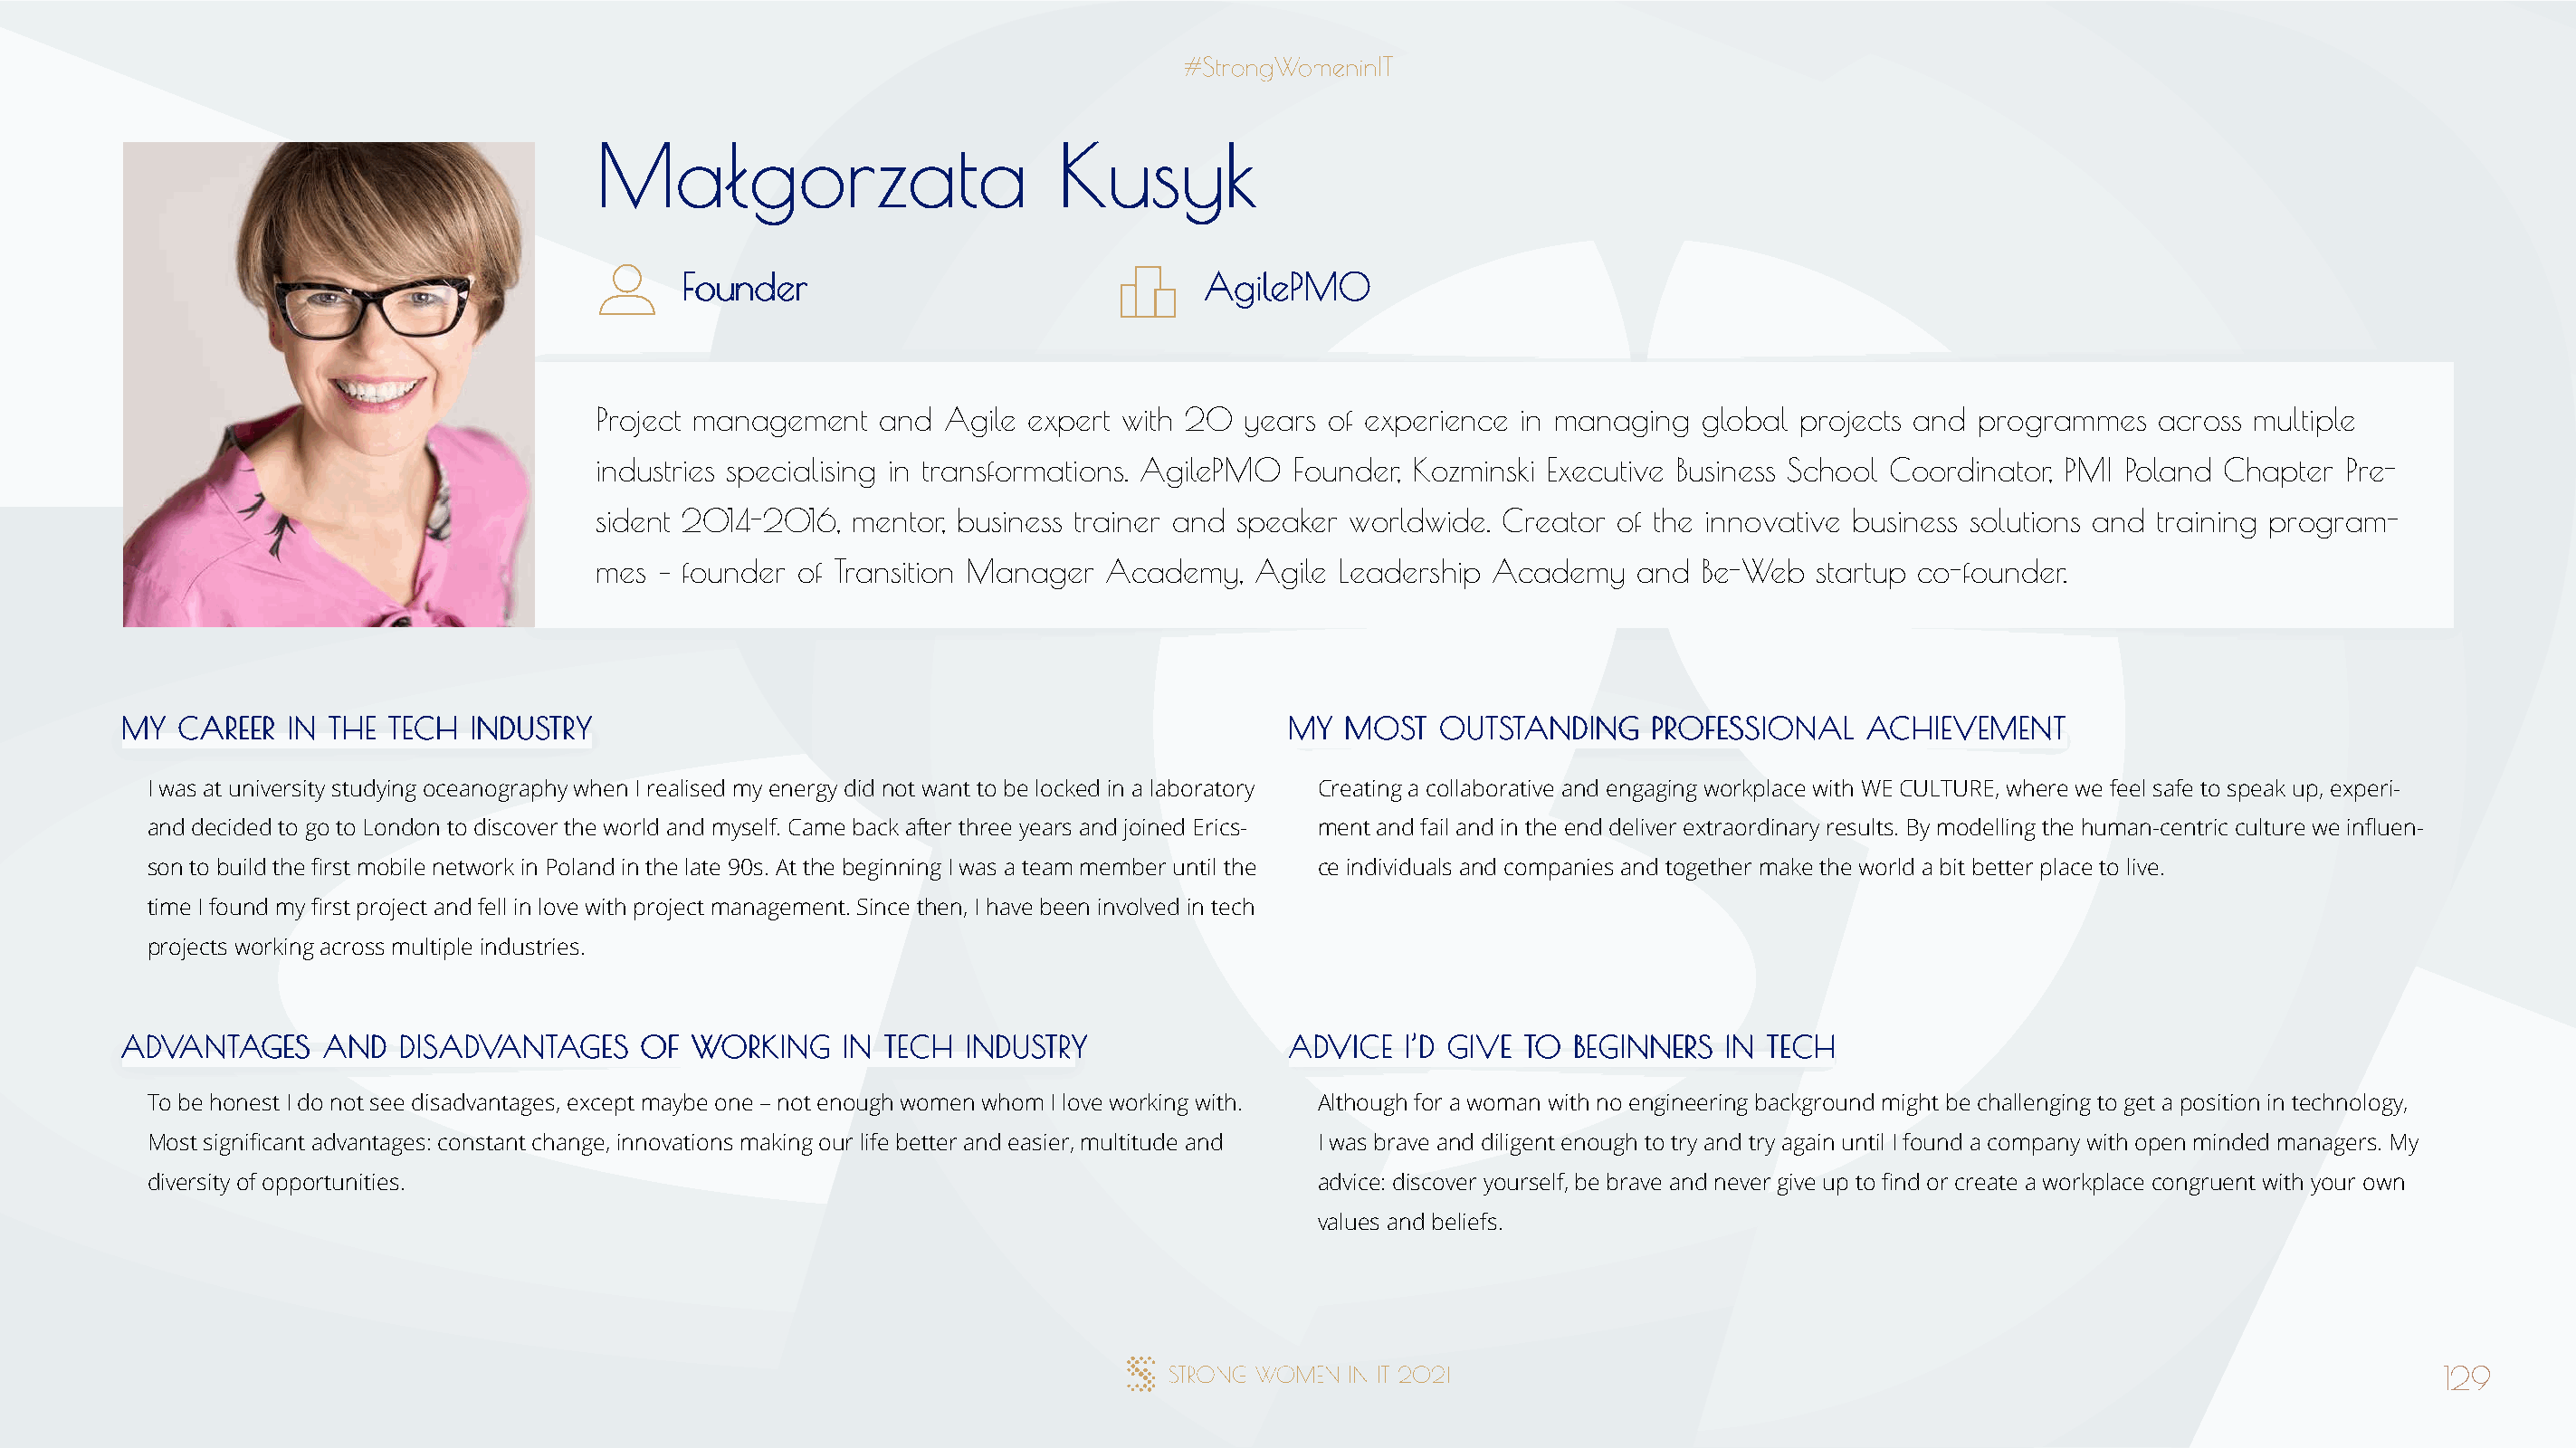
MMaałłggoorrzzaattaa             KKuussyykk
 FFoouunnddeerr                        AAggiilleePPMMOO
 Project management  and  Agile expert with 20  years of experience in managing  global  projects and programmes   across multiple
 industries specialising in transformations. AgilePMO Founder, Kozminski Executive Business School Coordinator, PMI Poland Chapter Pre-
 sident 2014-2016, mentor, business trainer and speaker worldwide. Creator of the innovative business solutions and training program-
 mes – founder of Transition Manager  Academy,   Agile Leadership Academy    and Be-Web   startup co-founder.
 MMYY CCAARREEEERR IINN TTHHEE TTEECCHH IINNDDUUSSTTRRYY                              MMYY MMOOSSTT OOUUTTSSTTAANNDDIINNGG PPRROOFFEESSSSIIOONNAALL AACCHHIIEEVVEEMMEENNTT
 I was at university studying oceanography when I realised my energy did not want to be locked in a laboratory Creating a collaborative and engaging workplace with WE CULTURE, where we feel safe to speak up, experi-
 and decided to go to London to discover the world and myself. Came back after three years and joined Erics- ment and fail and in the end deliver extraordinary results. By modelling the human-centric culture we influen-
 son to build the first mobile network in Poland in the late 90s. At the beginning I was a team member until the ce individuals and companies and together make the world a bit better place to live.
 time I found my first project and fell in love with project management. Since then, I have been involved in tech
 projects working across multiple industries.
 AADDVVAANNTTAAGGEESS AANNDD DDIISSAADDVVAANNTTAAGGEESS OOFF WWOORRKKIINNGG IINN TTEECCHH IINNDDUUSSTTRRYY AADDVVIICCEE II’’DD GGIIVVEE TTOO BBEEGGIINNNNEERRSS IINN TTEECCHH
 To be honest I do not see disadvantages, except maybe one – not enough women whom I love working with. Although for a woman with no engineering background might be challenging to get a position in technology,
 Most significant advantages: constant change, innovations making our life better and easier, multitude and I was brave and diligent enough to try and try again until I found a company with open minded managers. My
 diversity of opportunities.                                                          advice: discover yourself, be brave and never give up to find or create a workplace congruent with your own
 values and beliefs.
 129